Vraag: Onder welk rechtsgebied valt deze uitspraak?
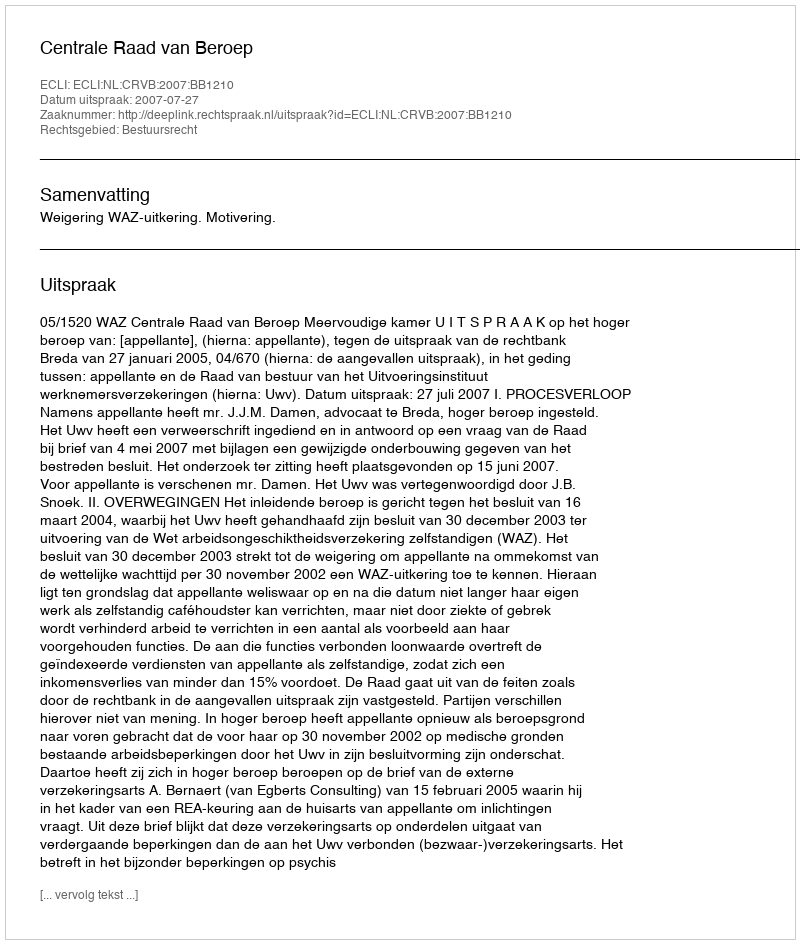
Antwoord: Bestuursrecht